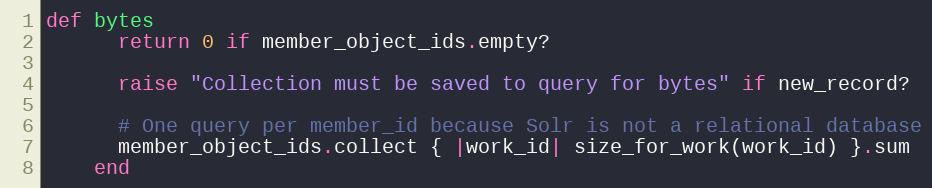
Language: Ruby
def bytes
      return 0 if member_object_ids.empty?

      raise "Collection must be saved to query for bytes" if new_record?

      # One query per member_id because Solr is not a relational database
      member_object_ids.collect { |work_id| size_for_work(work_id) }.sum
    end